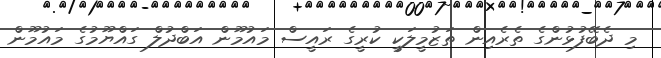
މި ދެބޭފުޅުންގެ ތެރެއިން ތަޒުމީލަކީ ކުރީގެ ރައީސް މައުމޫން އަބްދުލް ގައްޔޫމުގެ މައުމޫން